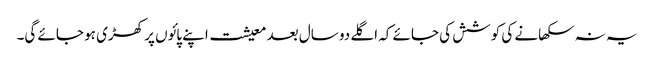
یہ نہ سکھانے کی کوشش کی جائے کہ اگلے دو سال بعد معیشت اپنے پائوں پر کھڑی ہو جائے گی۔